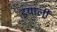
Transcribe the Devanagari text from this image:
इयार्ली